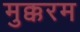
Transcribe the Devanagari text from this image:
मुक्करम